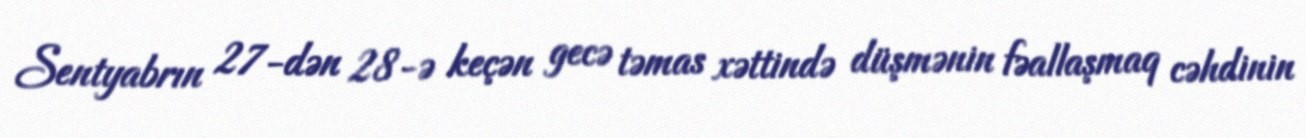
Sentyabrın 27-dən 28-ə keçən gecə təmas xəttində düşmənin fəallaşmaq cəhdinin